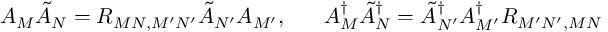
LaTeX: A _ { M } \tilde { A } _ { N } = R _ { M N , M ^ { \prime } N ^ { \prime } } \tilde { A } _ { N ^ { \prime } } A _ { M ^ { \prime } } , \; \; \; \; \; \; A _ { M } ^ { \dagger } \tilde { A } _ { N } ^ { \dagger } = \tilde { A } _ { N ^ { \prime } } ^ { \dagger } A _ { M ^ { \prime } } ^ { \dagger } R _ { M ^ { \prime } N ^ { \prime } , M N }